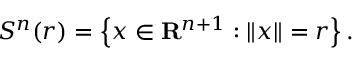
S ^ { n } ( r ) = \left\{ x \in \mathbf { R } ^ { n + 1 } : \left\| x \right\| = r \right\} .